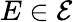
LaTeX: E\in{\mathcal{E}}